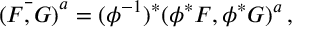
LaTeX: { \bar { ( F , G ) } } ^ { a } = ( \phi ^ { - 1 } ) ^ { * } ( \phi ^ { * } F , \phi ^ { * } G ) ^ { a } \, ,